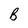
Character: B